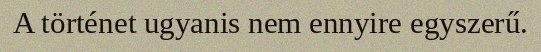
A történet ugyanis nem ennyire egyszerű.